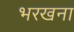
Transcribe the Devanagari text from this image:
भरखना